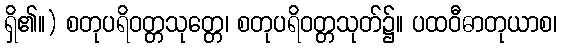
ရှိ၏။) စတုပရိဝတ္တသုတ္တေ၊ စတုပရိဝတ္တသုတ်၌။ ပထဝီဓာတုယာစ၊